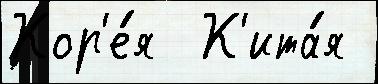
Кор'е́я  К'ита́я